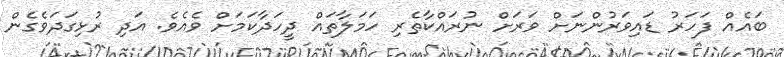
ބައެއް ފަހަރު ޑައިވަރުންނަށް ވަރަށް ނުރައްކާތެރި ހަމަލާތައް ދީހަދާކަމަށް ވެއެވެ. އަދި ރުޅިގަދަވެގެން